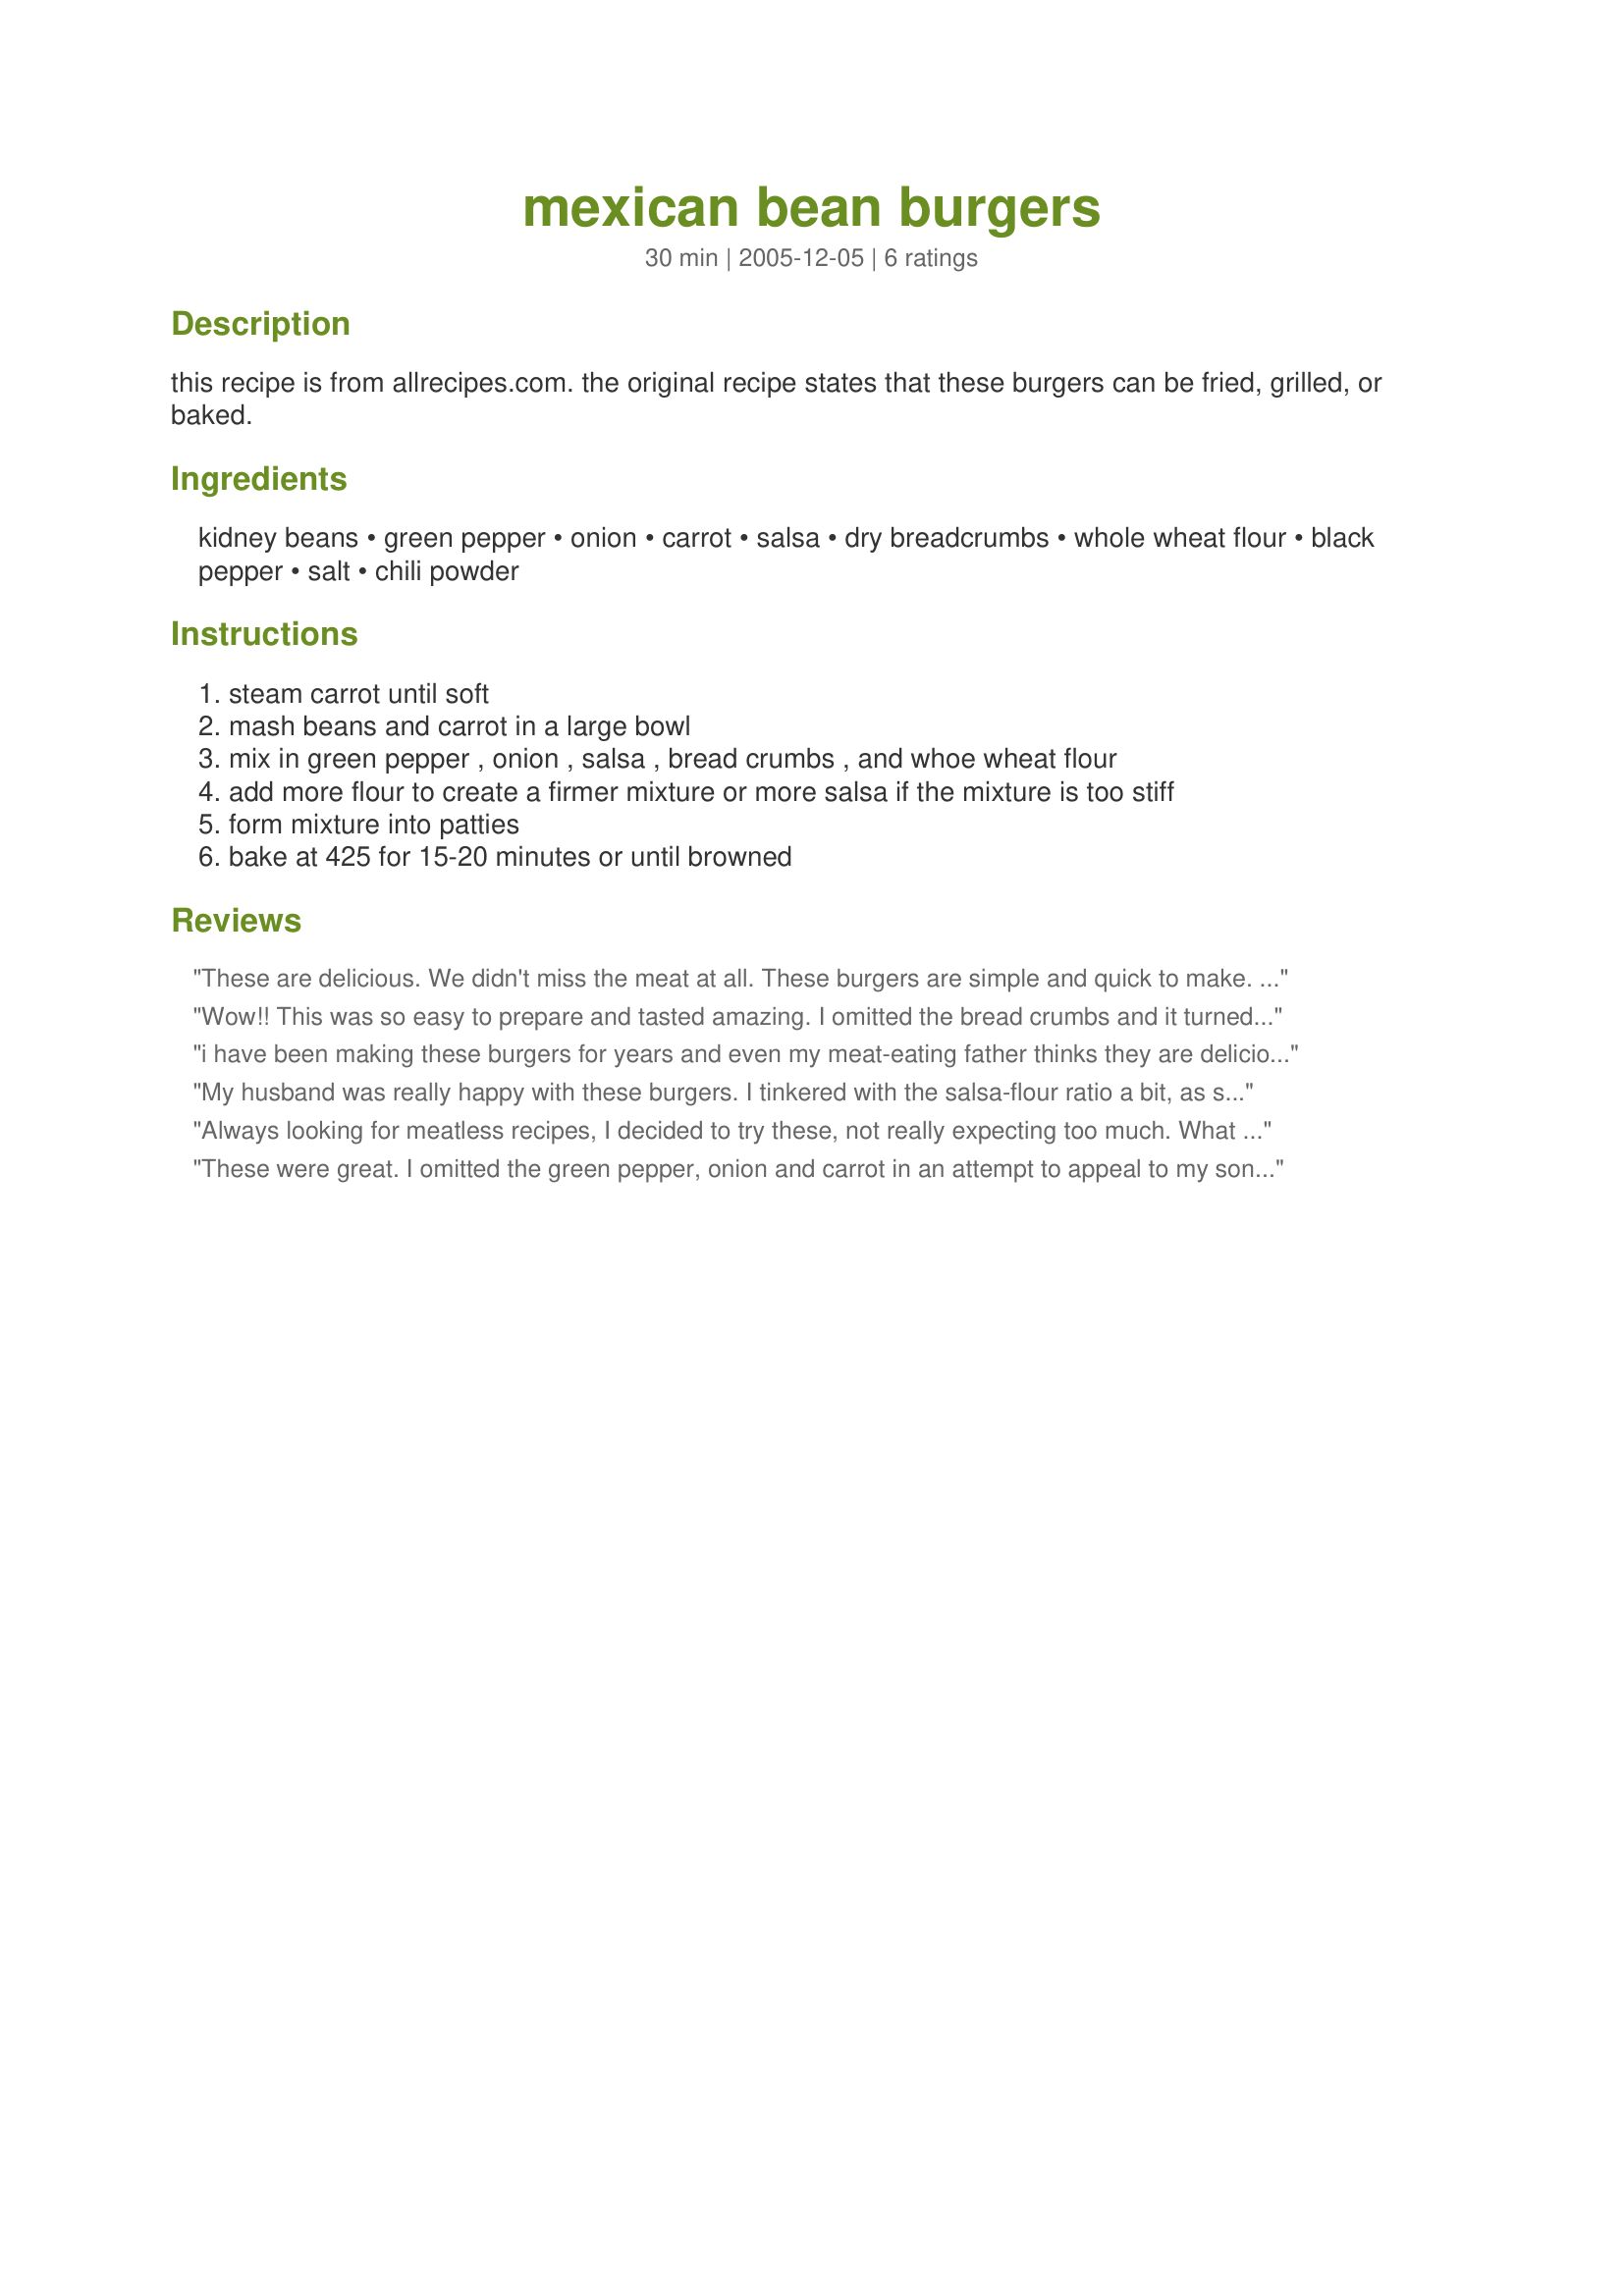
mexican bean burgers
Preparation time: 30 minutes

this recipe is from allrecipes.com. the original recipe states that these burgers can be fried, grilled, or baked.

Ingredients:
kidney beans, green pepper, onion, carrot, salsa, dry breadcrumbs, whole wheat flour, black pepper, salt, chili powder

Steps:
steam carrot until soft
mash beans and carrot in a large bowl
mix in green pepper , onion , salsa , bread crumbs , and whoe wheat flour
add more flour to create a firmer mixture or more salsa if the mixture is too stiff
form mixture into patties
bake at 425 for 15-20 minutes or until browned

Reviews:
These are delicious. We didn't miss the meat at all. These burgers are simple and quick to make. We didn't add much to them except for a little mayo on the hamburger bun. We will definitely be making these again and again.
Wow!! This was so easy to prepare and tasted amazing. I omitted the bread crumbs and it turned out fine. I topped with salsa and ate plain. I'm looking forward to experimenting with this recipe. I'm going to go make some more and freeze them for later!!
i have been making these burgers for years and even my meat-eating father thinks they are delicious! This is the best homemade veggie burger recipe i have found and we always make them on the grill.
My husband was really happy with these burgers. I tinkered with the salsa-flour ratio a bit, as suggested in the other comments. I found the taste a little dull, but I will try these again with more chili powder, salt, better quality salsa (I used regular Old El Paso for the pureed texture, thinking my favorite fresh & chunky stuff wouldn't bind well), and some cumin. They held together pretty nicely both in the frying pan and the oven - I tried both. Avocado and lettuce accompanied the burgers nicely.
Always looking for meatless recipes, I decided to try these, not really expecting too much. What a nice surprise to find they taste good and are very easy to prepare. I reduced the amount of salsa by about 1/2 in order to omit the flour, and baked in oven, turning them after about 7 minutes. I enjoy them plain. Oh, and they freeze well. Thanks, kineline!
These were great. I omitted the green pepper, onion and carrot in an attempt to appeal to my sons. It worked! They loved them! We had them simply on a plate piled high with condiments. I used my food processor to "mash" the beans and added in the salsa and breadcrumbs. It then got to thick so I dumped it into a bowl and added in the flour by hand. It worked out perfectly. I found that spraying the baking sheet with cooking spray helped them not stick. I flipped mine over about halfway through to get that nice crustiness on both sides. I will make these again. Thanks for sharing!
